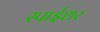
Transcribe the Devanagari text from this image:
स्पाईशर